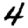
Digit: 4